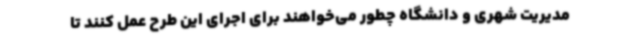
مدیریت شهری و دانشگاه چطور می‌خواهند برای اجرای این طرح عمل کنند تا